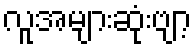
လူအများဆုံးဗျာ့